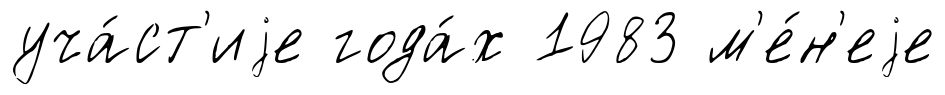
уча́ст'иjе года́х 1983 м'е́н'еjе